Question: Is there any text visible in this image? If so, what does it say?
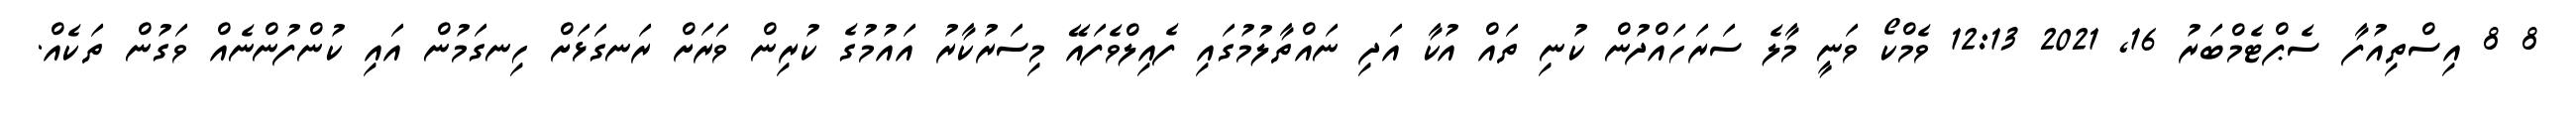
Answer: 8 8 އިސްތިއުފާ ސެޕްޓެމްބަރު 16, 2021 12:13 ވެމްކޯ ވަނީ މާލެ ސަރަހައްދުން ކުނި ތައް އުކާ އަދި ނައްތާލުމުގައި ފެއިލްވެފައޭ މިސަރުކާރު އައުމުގެ ކުރިން ވަރަށް ރަނގަޅަށް ހިނގަމުން އައި ކުންފުންނެއް ވަގުން ތަކެއް.